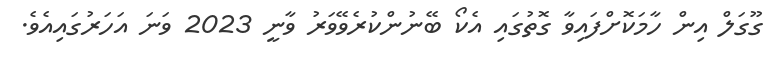
ގޫގަލް އިން ހާމަކޮށްފައިވާ ގޮތުގައި އެކޯ ބޭނުންކުރެވޭވަރު ވާނީ 2023 ވަނަ އަހަރުގައިއެވެ.